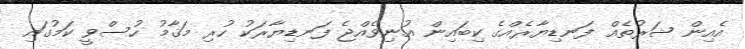
އެއިން ޝަރުތެއް ފަނޑިޔާރެއްގެ ކިބައިން އުނިވެއްޖެ ފަނޑިޔާރަކު ހުރި މަޤާމު ހުސްވީ ކަމުގައި